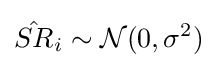
{\hat {SR}}_{i}\sim {\mathcal {N}}(0,\sigma ^{2})